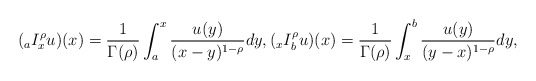
\begin{align*} &({}_a I_{x}^\rho u)(x)=\frac 1 {\Gamma(\rho)}\int_{a}^x \frac{u(y)}{(x-y)^{1-\rho}} dy, ({}_x I_{b}^\rho u)(x)=\frac 1 {\Gamma(\rho)}\int_{x}^b \frac{u(y)}{(y-x)^{1-\rho}} dy, \end{align*}